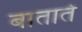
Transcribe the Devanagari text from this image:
बाताते